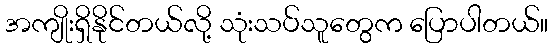
အကျိုးရှိနိုင်တယ်လို့ သုံးသပ်သူတွေက ပြောပါတယ်။